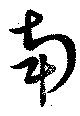
南